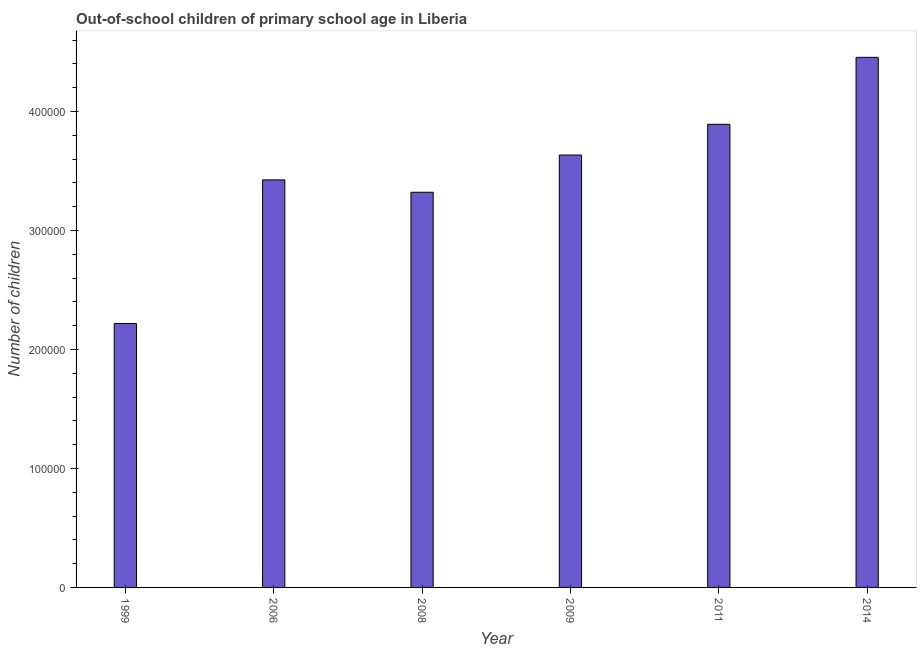
| Year | Out-of-school children of primary school age |
 | --- | --- |
 | 1999 | 2.22e+05 |
 | 2006 | 3.43e+05 |
 | 2008 | 3.32e+05 |
 | 2009 | 3.63e+05 |
 | 2011 | 3.89e+05 |
 | 2014 | 4.46e+05 |